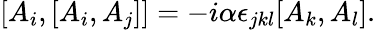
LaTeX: [A_{i},[A_{i},A_{j}]]=-i\alpha\epsilon_{jkl}[A_{k},A_{l}].